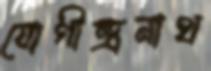
যোগীন্দ্রনাথ